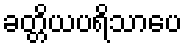
ခတ္တိယပရိသာပေ